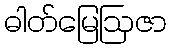
ဓါတ်မြေဩဇာ